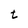
Character: t